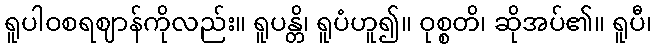
ရူပါဝစရဈာန်ကိုလည်း။ ရူပန္တိ၊ ရူပံဟူ၍။ ဝုစ္စတိ၊ ဆိုအပ်၏။ ရူပီ၊